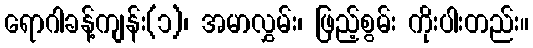
ရောဂါခန့်ကျန်း(၁)၊ အမာလွှမ်း၊ ဖြည့်စွမ်း ကိုးပါးတည်း။